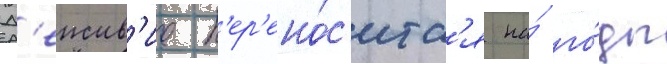
Д'еиств'ие п'ер'ено́с'итс'я на́ го́ды